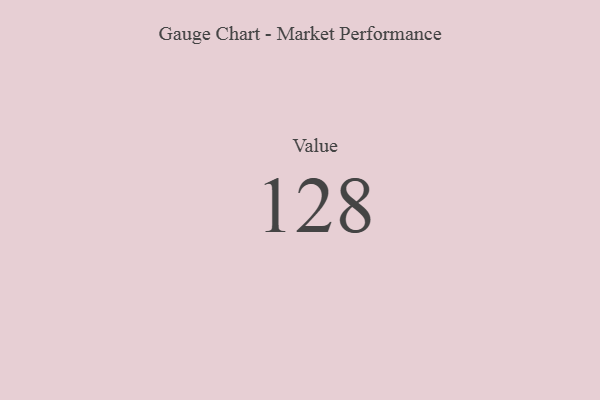
{"axis": {"x": "Metric", "y": "Value"}, "legend": [""], "data": [{"x": "Value", "y": 128, "type": ""}]}